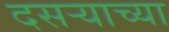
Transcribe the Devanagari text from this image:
दसऱ्‍याच्या